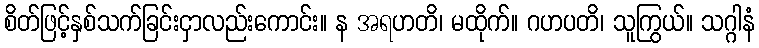
စိတ်ဖြင့်နှစ်သက်ခြင်းငှာလည်းကောင်း။ န အရဟတိ၊ မထိုက်။ ဂဟပတိ၊ သူကြွယ်။ သဂ္ဂါနံ